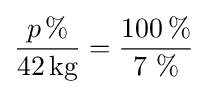
{\frac {p\,\%}{42\,{\text{kg}}}}={\frac {100\,\%}{7\ \%}}